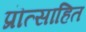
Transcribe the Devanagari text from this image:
प्रॊत्साहित